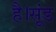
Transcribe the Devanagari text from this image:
है।सूंड